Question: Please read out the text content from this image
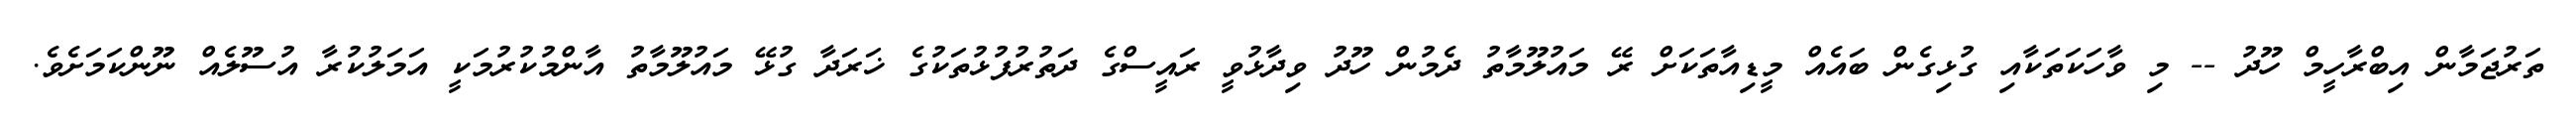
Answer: ތަރުޖަމާން އިބްރާހީމް ހޫދު -- މި ވާހަކަތަކާއި ގުޅިގެން ބައެއް މީޑިއާތަކަށް ރޭ މައުލޫމާތު ދެމުން ހޫދު ވިދާޅުވީ ރައީސްގެ ދަތުރުފުޅުތަކުގެ ޚަރަދާ ގުޅޭ މައުލޫމާތު އާންމުކުރުމަކީ އަމަލުކުރާ އުސޫލެއް ނޫންކަމަށެވެ.